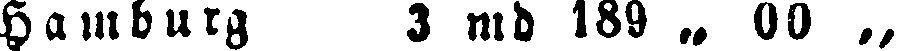
Hamburg 3 md 189 „ 00 „